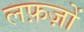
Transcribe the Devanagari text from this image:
लफ़ज़ों